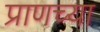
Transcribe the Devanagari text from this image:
प्राणच्या